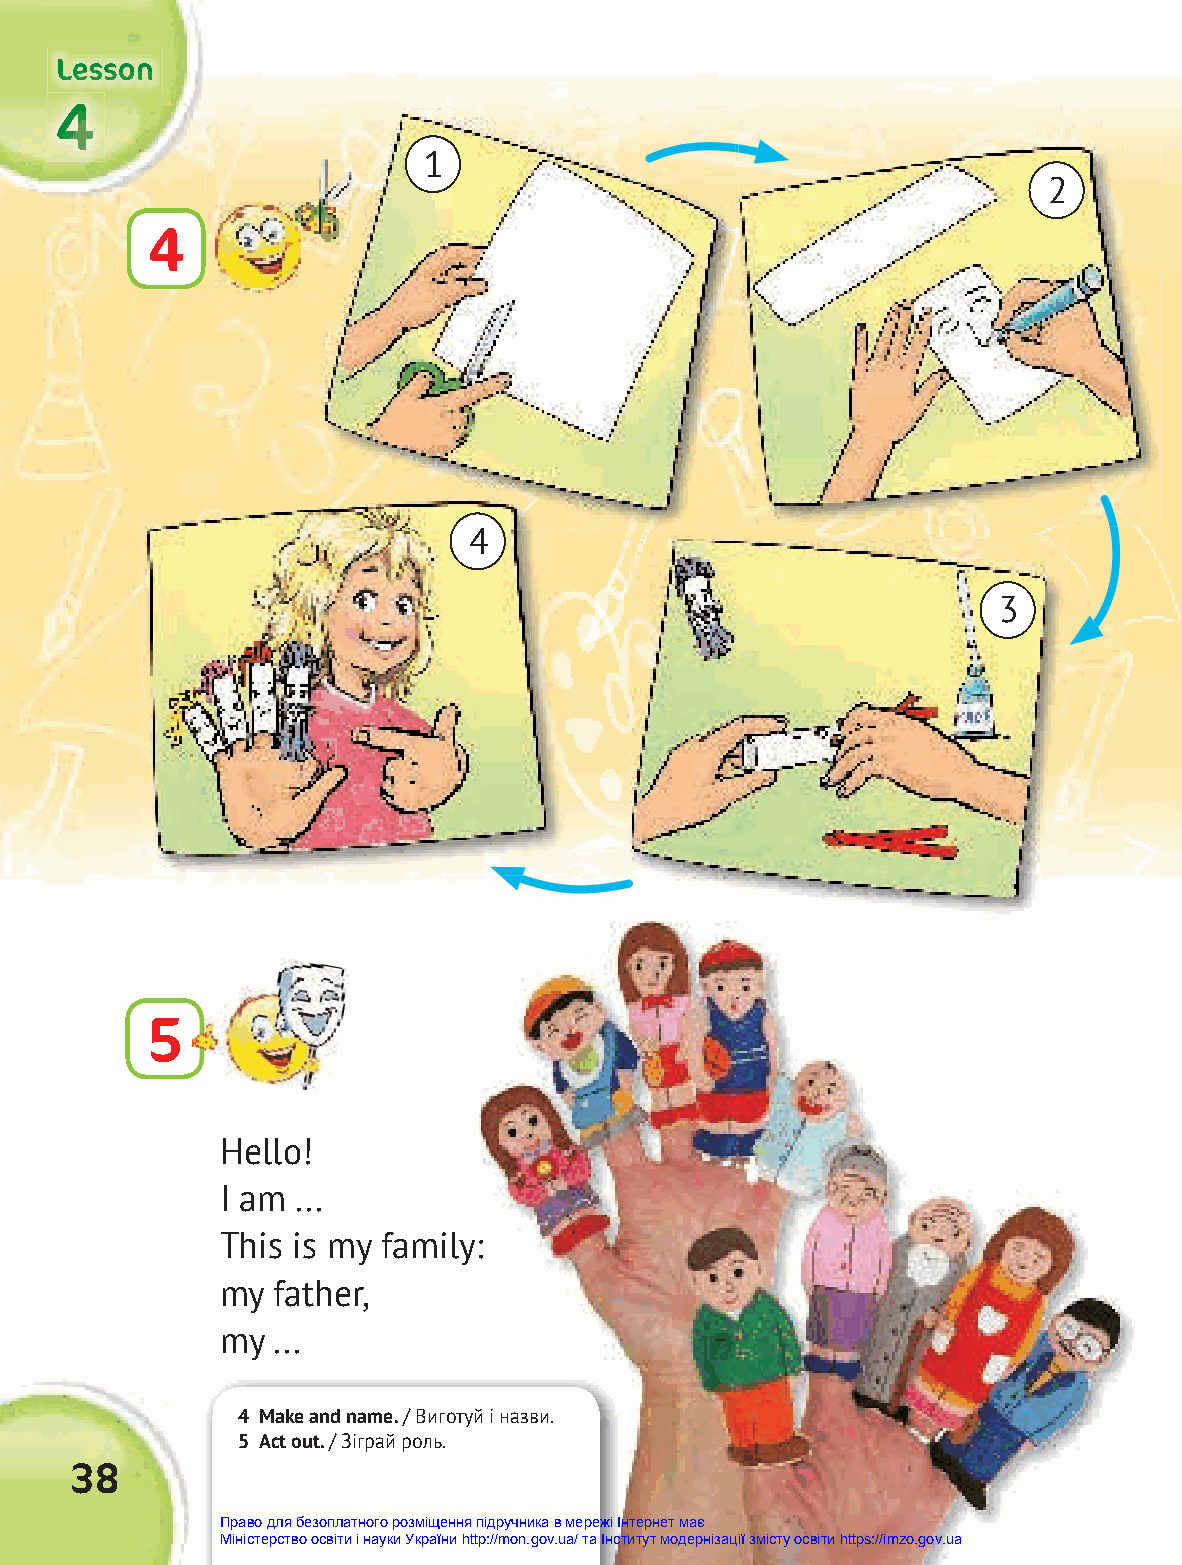
LLLeeessssssooonnn
 444
 1
 2
 4
 4
 3
 5
 Hello!
 I am ...
 This is my family:
 my father,
 my ...
 4 Make and name. / Виготуй і назви.
 5 Act out. / Зіграй роль.
 38
 Право для безоплатного розміщення підручника в мережі Інтернет має
 Міністерство освіти і науки України http://mon.gov.ua/ та Інститут модернізації змісту освіти https://imzo.gov.ua